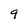
Character: 9